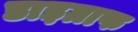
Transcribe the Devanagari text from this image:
डाइग्राफ